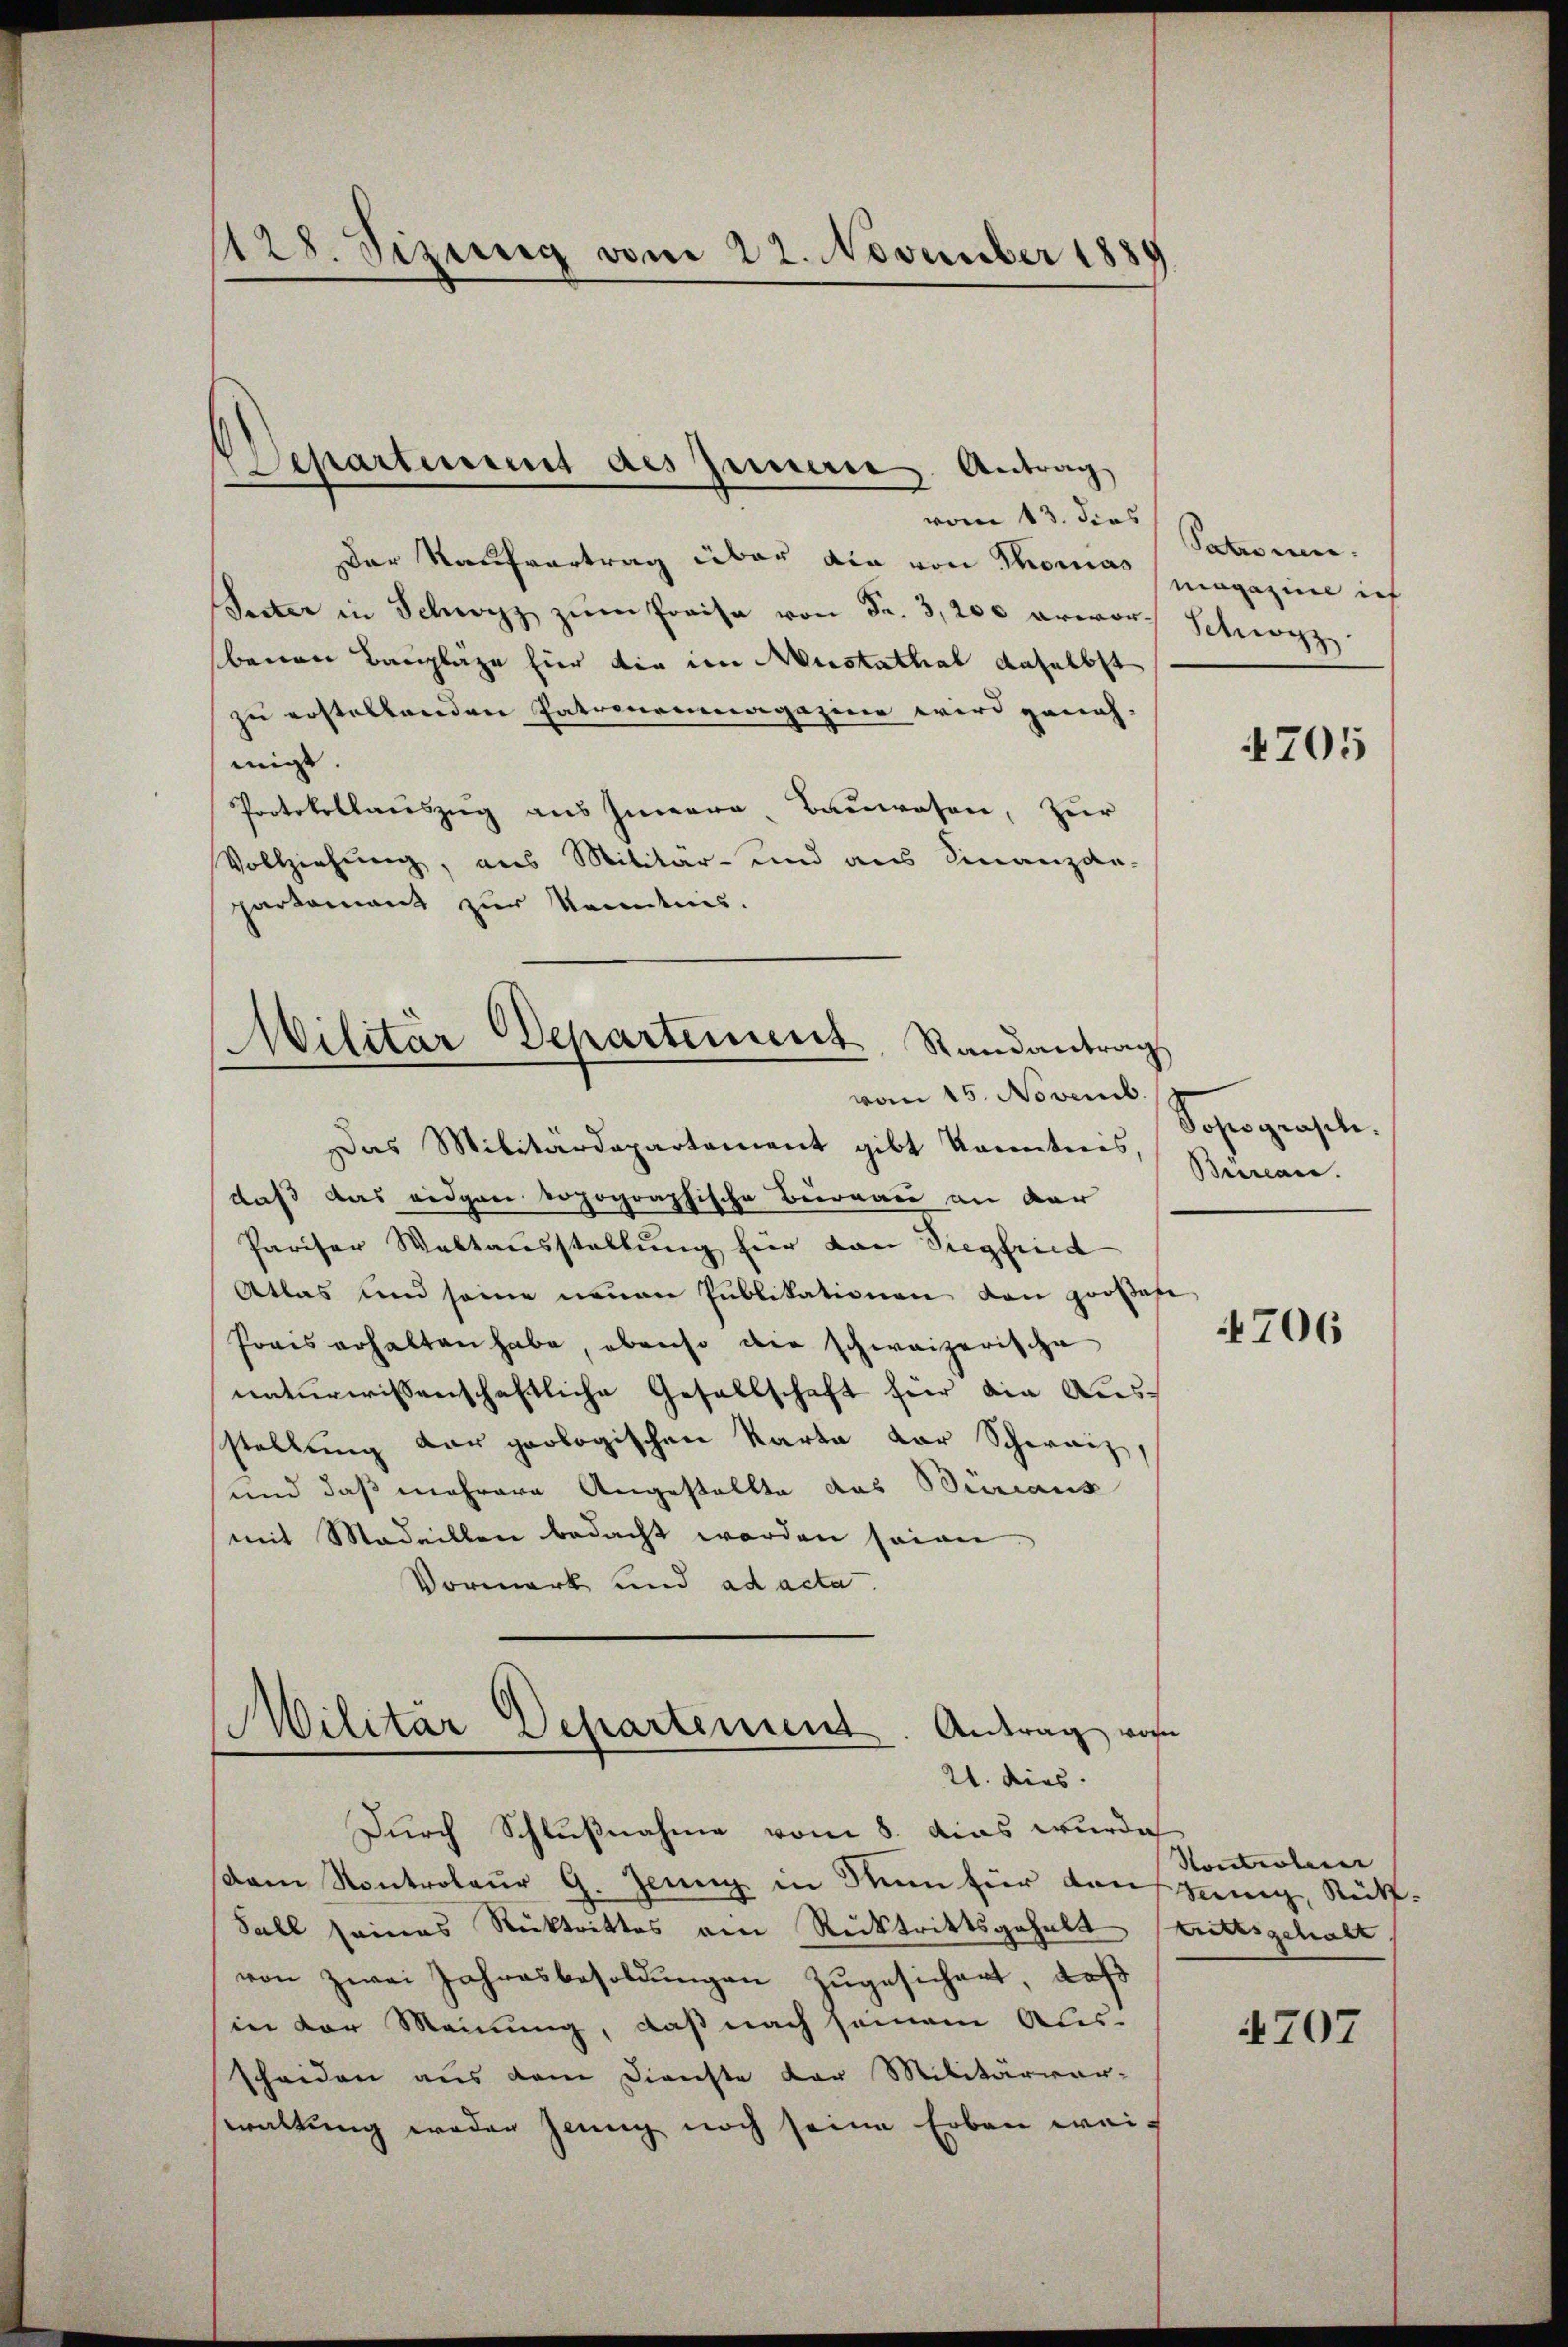
Der Kaufvertrag über die von Thomas (magazine ich
Secter in Schwyz zŭm Preise von Fr. 3,200 erworbenen Bauplaze für die im Mustathal daselbst
zu erstellenden Patronenmagazine wird geneh-
migt.
Protokollauszug aus Innere Bauwesen, zur
Vollziehung, aus Militär- und aus Finanzde-
parkomant zur Kenntnis.
Das Militärdepartement gibt kanntnis, Burcare.
daß das eidgen topographische Büreau an dar
Pariser Waltausstellung für dann Siegfried
Atlas und seine neuen Publikationen den großart
Poris erhalten habe, obenso die schweizerische
naturwissenschaftliche Gesellschaft für die Ausstellung dar geologischen Karte der Schwarz,
und daß mehrere Angestellte das Bureaus
mit Medaillen bedacht worden seien
Vormerk und ad acta.
Militär Departement
Antrag vom
21. dies.
Durch Schlußnahme vom 8. das wurde
dam Kontroleur 9. Jenny in Nun für den
Sall seines Rücktrittes ein Rücktrittsgehalt
von zwei Jahresbesoldŭngen zugesichert, daß
in der Meinung, daß nach seinem Aus-
scheiden aus dem Dienste der Militärver-
waltung weder jenig noch seine Erben wei¬

128. Sizung vom 22. November 1889

Separtenung des Innere Antrag
vom 13. dies

Militär Departement, Randantrag
vom 15. Novemb.

Patronen.
Schwyz.

4705

Sopograsche.
e

706

Kontroler
jenig Rückt. |
trittsgehalt

4707